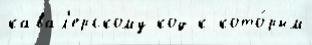
кавал'ерскому код к кото́рым